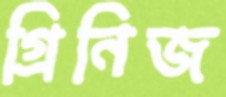
গ্রিনিজ